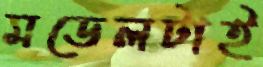
মডেলটাই